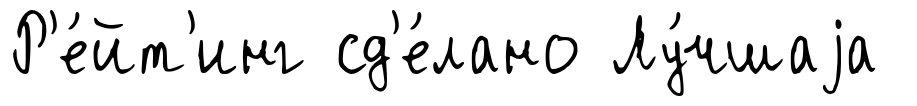
Р'е́йт'инг сд'е́лано Лу́чшаjа